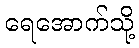
ရေအောက်သို့